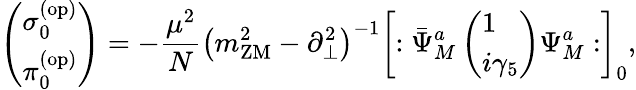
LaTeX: \left(\begin{array}{l}{{\sigma_{0}^{(\mathrm{op)}}}}\\ {{\pi_{0}^{(\mathrm{op)}}}}\end{array}\right)=-{\frac{\mu^{2}}{N}}\left(m_{\mathrm{ZM}}^{2}-\partial_{\bot}^{2}\right)^{-1}\left[:\bar{\Psi}_{M}^{a}\left(\begin{array}{l}{{1}}\\ {{i\gamma_{5}}}\end{array}\right)\Psi_{M}^{a}:\right]_{0},